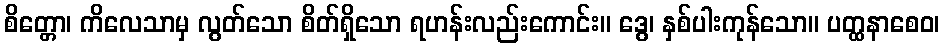
စိတ္တော၊ ကိလေသာမှ လွတ်သော စိတ်ရှိသော ရဟန်းလည်းကောင်း။ ဒွေ၊ နှစ်ပါးကုန်သော။ ပတ္ထနာစေဝ၊